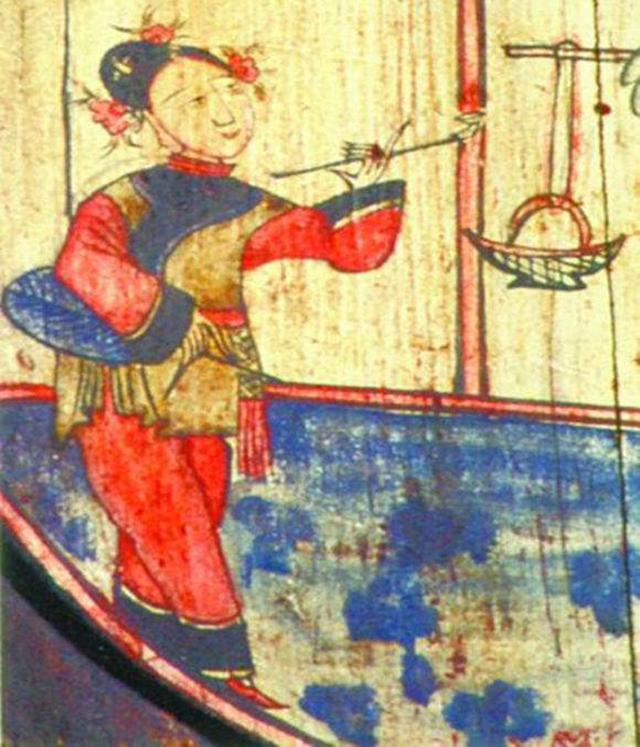
洞房昨夜停红烛，待晓堂前拜舅姑。